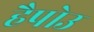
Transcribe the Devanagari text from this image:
हैपोउ